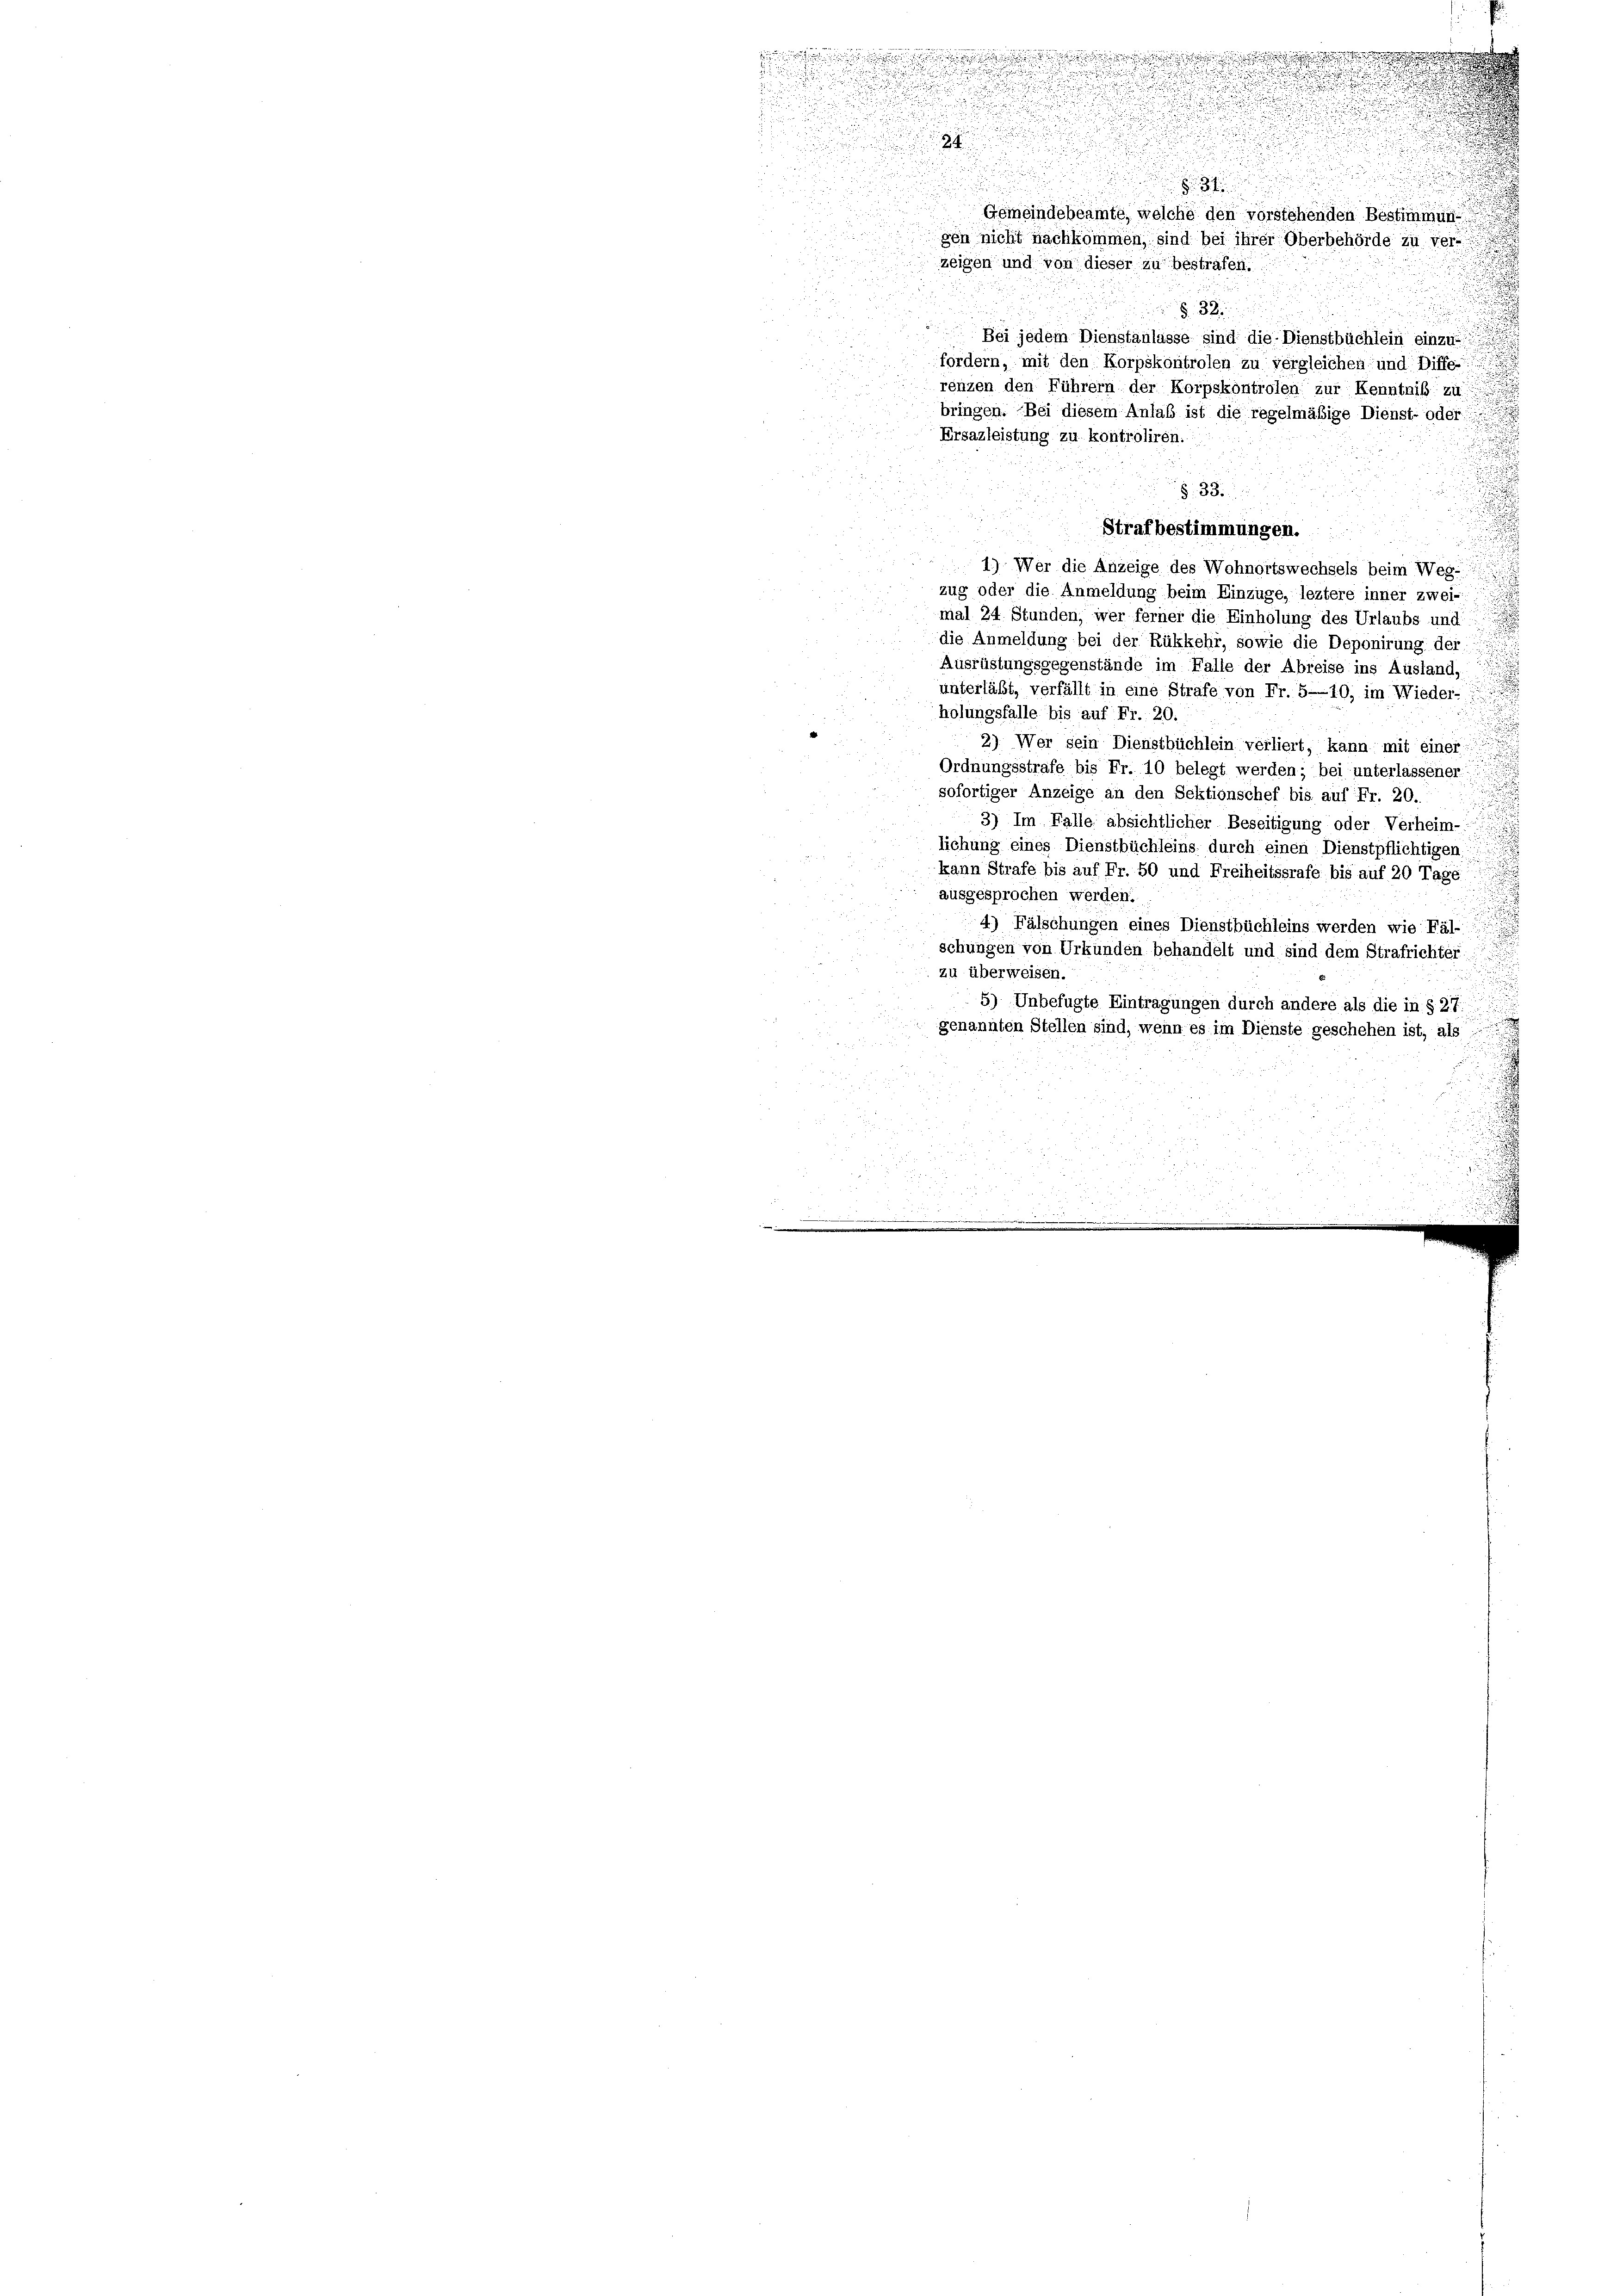
f
.
u
2

31
Gemeindebeamte, welche den vorstehenden Bestimmung
sen nicht nachkommen, sind bei ihrer Oberbehörde zu verzeigen und von dieser zu bestrafen.
i
§ 32
 2
Bei jedem Dienstanlasse sind die Dienstbüchlein einzu-
fordern, mit den Korpskontrolen zu vergleichen und Diffe

renzen den Führern der Korpskontrolen zur Kenntniß zu
§ 33.
u
Strafbestimmungen.
1.) Wer die Anzeige des Wohnortswechsels beim Weg-
zug oder die Anmeldung beim Einzüge, leztere inner zwei-
mal 24 Stunden, wer ferner die Einholung des Urlaubs und
die Anmeldung bei der Rükkehr, sowie die Deponirung der
Ausrüstungsgegenstände im Falle der Abreise ins Ausland,
unterläßt, verfällt in eine Strafe von Fr. 5—10, im Wieder-
holungsfalle bis auf Fr. 20.
2) Wer sein Dienstbüchlein verliert, kann mit einer
Ordnungsstrafe bis Fr. 10 belegt werden; bei unterlassener
sofortiger Anzeige an den Sektionschef bis auf Fr. 20.
3) Im Falle absichtlicher Beseitigung oder Verheim-
lichung eines Dienstbüchleins durch einen Dienstpflichtigen.
kann Strafe bis auf Fr. 50 und Freiheitssrafe bis auf 20 Tage
ausgesprochen werden.
4) Fälschungen eines Dienstbüchleins werden wie Fäl-
schungen von Urkunden behandelt und sind dem Strafrichter
zu überweisen.
5) Unbefugte Eintragungen durch andere als die in § 27.
genannten Stellen sind, wenn es im Dienste geschehen ist, als

d

Ersazleistung zu kontroliren.

bringen. Bei diesem Anlaß ist die regelmäßige Dienst- oder